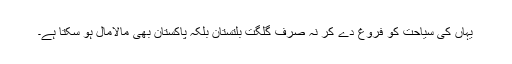
یہاں کی سیاحت کو فروغ دے کر نہ صرف گلگت بلتستان بلکہ پاکستان بھی مالامال ہو سکتا ہے۔